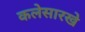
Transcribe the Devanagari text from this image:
कलेसारखे